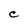
Character: C